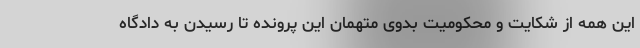
این همه از شکایت و محکومیت بدوی متهمان این پرونده تا رسیدن به دادگاه